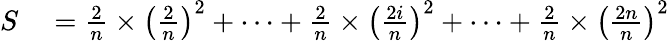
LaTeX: \begin{array}{rl}{S}&{{}={\frac{2}{n}}\times\left({\frac{2}{n}}\right)^{2}+\cdots+{\frac{2}{n}}\times\left({\frac{2i}{n}}\right)^{2}+\cdots+{\frac{2}{n}}\times\left({\frac{2n}{n}}\right)^{2}}\end{array}